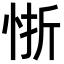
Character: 𭜻